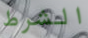
الشرط